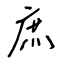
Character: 庶